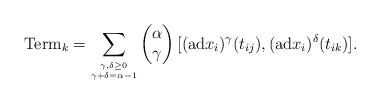
LaTeX: \begin{align*}\mathrm{Term}_k=\sum_{\stackrel{\gamma,\delta\geq 0}{\stackrel{\gamma+\delta=\alpha-1}{}}}\begin{pmatrix}\alpha\\ \gamma\end{pmatrix}[(\mathrm{ad}x_i)^\gamma(t_{ij}),(\mathrm{ad}x_i)^\delta(t_{ik})]. \end{align*}